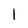
Character: l